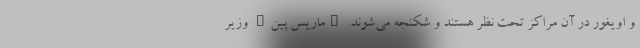
و اویغور در آن مراکز تحت نظر هستند و شکنجه می‌شوند. "ماریس پین" وزیر